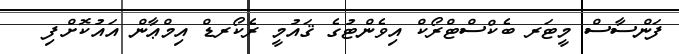
ފަންސާސް މީޓަރ ބެކްސްޓްރޯކް އިވެންޓުގެ ޤައުމީ ރެކޯރޑް އިމްޢާން އައުކޮށްފި